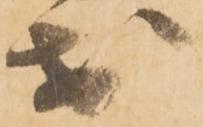
於